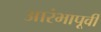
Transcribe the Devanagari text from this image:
आरंभापूर्वी